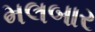
મલબાર